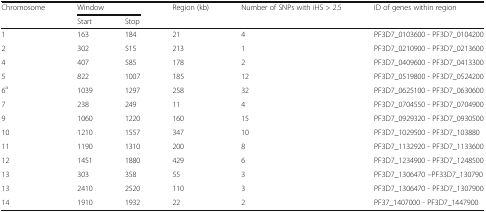
| <ROWSPAN=2> Chromosome | <COLSPAN=2> Window | Region (kb) | Number of SNPs with iHS > 2.5 | ID of genes within region |
 | Start | Stop |  |  |  |
 | --- | --- | --- | --- | --- | --- |
 | 1 | 163 | 184 | 21 | 4 | PF3D7_0103600 - PF3D7_0104200 |
 | 2 | 302 | 515 | 213 | 1 | PF3D7_0210900 - PF3D7_0213600 |
 | 4 | 407 | 585 | 178 | 2 | PF3D7_0409600 - PF3D7_0413300 |
 | 5 | 822 | 1007 | 185 | 12 | PF3D7_0519800 - PF3D7_0524200 |
 | 6a | 1039 | 1297 | 258 | 32 | PF3D7_0625100 - PF3D7_0630600 |
 | 7 | 238 | 249 | 11 | 4 | PF3D7_0704550 - PF3D7_0704900 |
 | 9 | 1060 | 1220 | 160 | 15 | PF3D7_0929320 - PF3D7_0930500 |
 | 10 | 1210 | 1557 | 347 | 10 | PF3D7_1029500 - PF3D7_103880 |
 | 11 | 1190 | 1310 | 200 | 8 | PF3D7_1132920 - PF3D7_1133600 |
 | 12 | 1451 | 1880 | 429 | 6 | PF3D7_1234900 - PF3D7_1248500 |
 | 13 | 303 | 358 | 55 | 3 | PF3D7_1306470 –PF33D7_130790 |
 | 13 | 2410 | 2520 | 110 | 3 | PF3D7_1306470 - PF3D7_1307900 |
 | 14 | 1910 | 1932 | 22 | 2 | PF37_1407000 - PF3D7_1447900 |